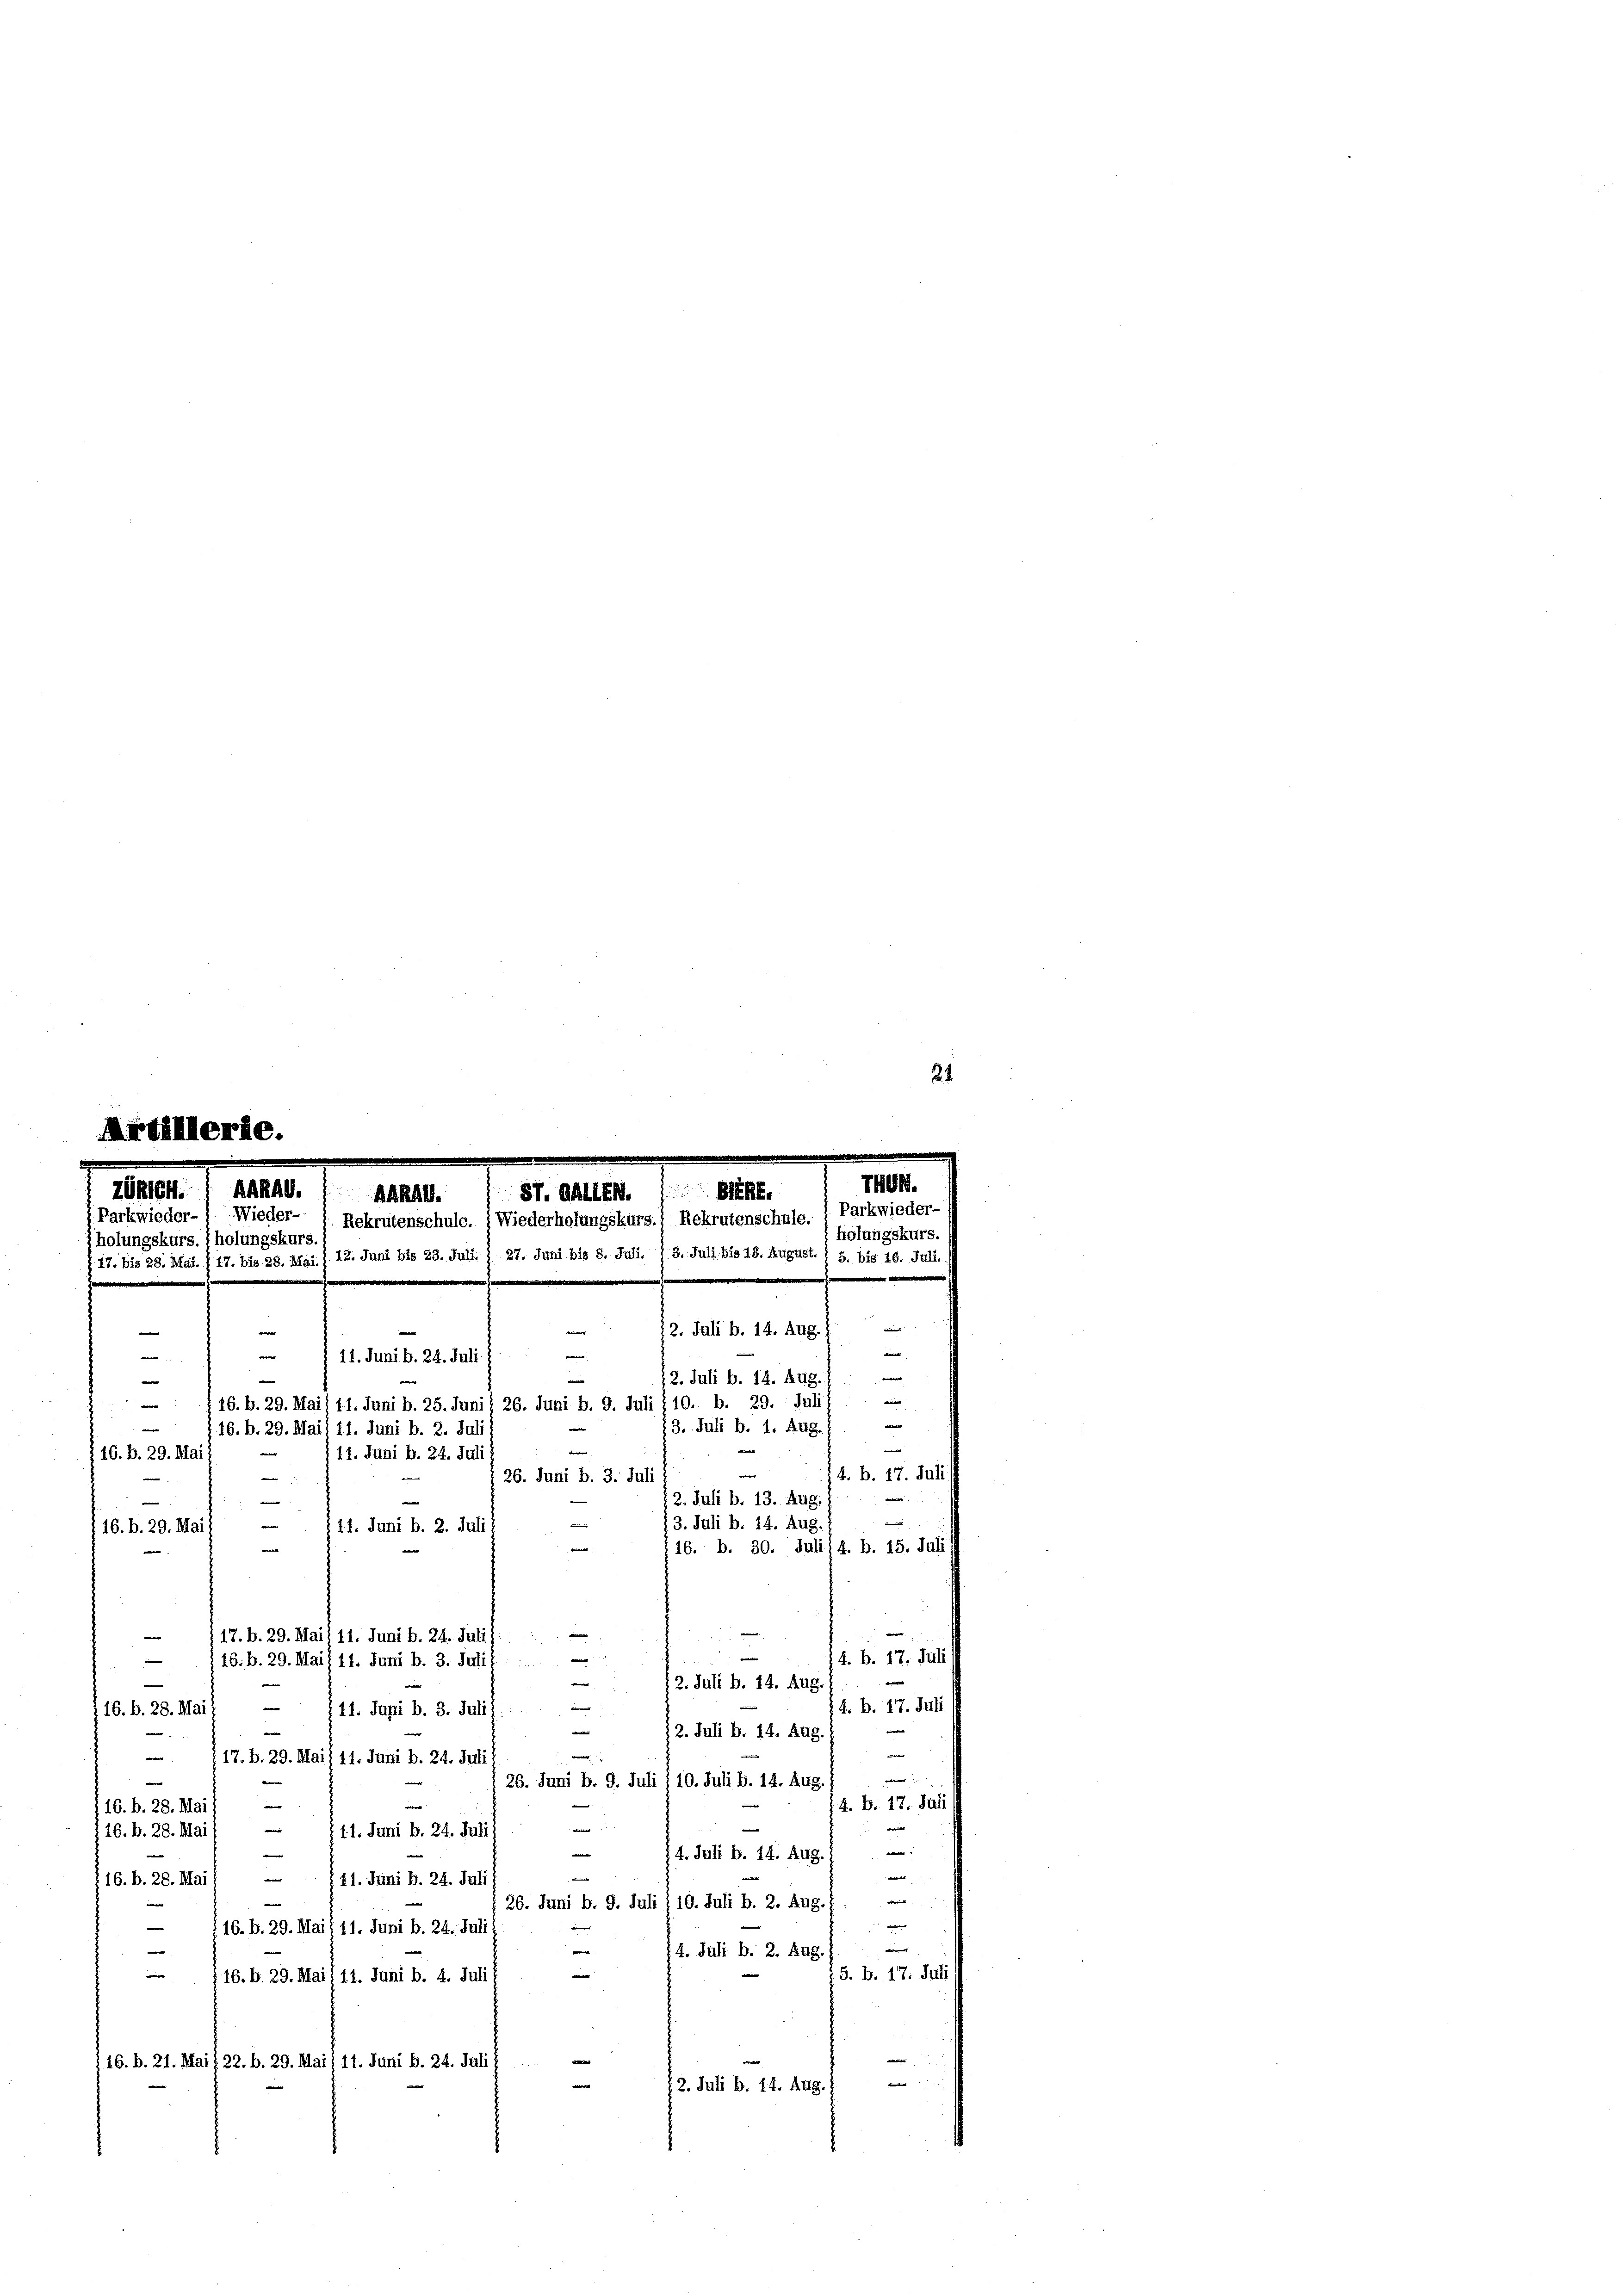
24

Artillerie.
AARAG.
zöhlen.
87. Gallen. Be
AGRAG.
Parkwieder
Wieder-
1 Parkwieder-
Rekrutenschule. (Wiederholungskurs.: Rekrutenschule.
holungskurs. (holungskurs.
J. 17. bis 28. Mai. § 17. bis 28. Mai. § 12. Juni bis 23. Juli. § 27. Juni bis 8. Juli. 13. Juli bis 15. August. / 5. bis 16. Jul
e
12. Juli b. 14. Aug.
e

e
e

11. Juni b. 24. Juli
e
e
n
e
16. b. 29. Mai) 11. Juni b. 25. Juni / 26. Juni b. 9. Juli § 10. b. 29. Juli
.
—
16. b. 29. Mai 11. Juni b. 2. Juli
.
i
§ 16. b. 29. Mai
11. Juni b. 24. Juli
14. B. 17. Juli
.
 26. Juni b. 3. Juli 1
m
e
11. Juni b. 2. Juli
/16. b. 29. Mai.
—
d
e
17. b. 29. Mai 11. Juni b. 24. Juli)
e
4. B. 17. Juli
 16. b. 29. Mai) 11. Juni b. 3. Julif ....
e
e
e
12. Juli b. 14. Aug.

e
4. B. 17. Juli
16. d. 28. Mai 1
11. Juni b. 3. Juli z
e
12. Juli b. 14. Aug.

e
e
117. b. 29. Mai) 11. Juni b. 24. Juli
e
|
26. Juni b. 9. Juli § 10. Juli b. 14. Aug.
4. B. 17. Juli
e
(16. b. 28. Mai

§ 11. Juni d. 24. Juli
16. b. 28. Mai 1
.
e
c
14. Juli b. 14. Aug.
w
—
i
11. Juni b. 24. Juli
16. b. 28. Mai
.
e
26. Juni b. 9. Juli 1 10. Juli b. 2. Aug.

e
116. B. 29. Mai, 11. Juni b. 24. Juli
e
.
14. Juli b. 2. Aug.

.
15. b. 17. Juli
16. b. 29. Mai, 14. Juni b. 4. Juli s
16. b. 21. Mai 122. b. 29. Mai) 11. Juni b. 24. Juli

e
¬
12. Juli b. 14. Aug.

12. Juli b. 14. Aug.
13. Juli b. 1. Aug.
e
12. Juli b. 13. Aug.
13. Juli b. 14. Aug.
16. b. 30. Juli) 4. b. 15. Juli

THGr.
holungskurs.
e
.
e